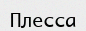
Плесса